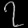
Digit: ၇